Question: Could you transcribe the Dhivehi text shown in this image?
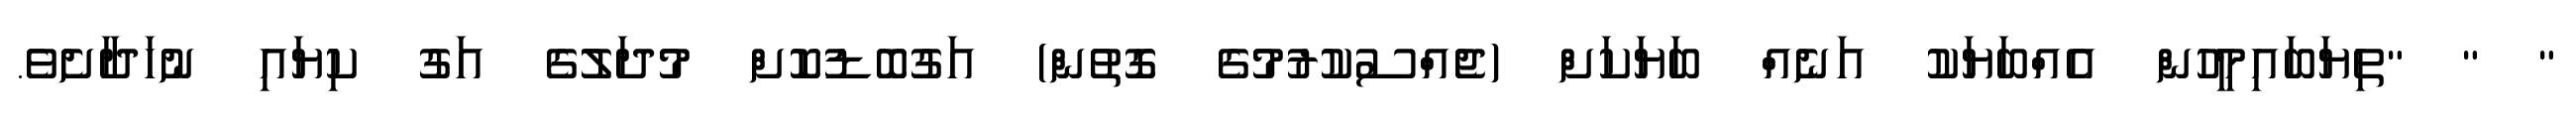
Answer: " " "ތިޔަބައިމީހުން އެއްބަޔަކު އަނެއް ބަޔަކަށް (ޖެއްސުކުރުމުގެ ގޮތުން) އަގުބޮޑުކޮށް މުދަލުގެ އަގު ކިޔައި ނުހަދާށެވެ.